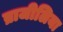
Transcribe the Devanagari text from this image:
ब्राजीलिया